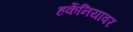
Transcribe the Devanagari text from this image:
हर्केनियावर